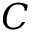
C